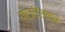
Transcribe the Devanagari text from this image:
फाऊंडेशनने